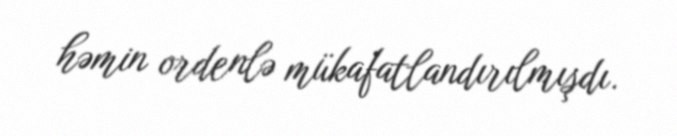
həmin ordenlə mükafatlandırılmışdı.